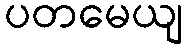
ပတမေယျ